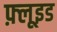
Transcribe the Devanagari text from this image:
फ़्लूइड